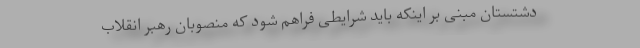
دشتستان مبنی بر اینکه باید شرایطی فراهم شود که منصوبان رهبر انقلاب